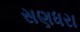
સણધરા